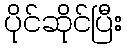
ပိုင်ဆိုင်ပြီး